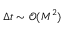
\Delta t \sim \ensuremath { \mathcal { O } ( M ^ { 2 } ) }